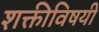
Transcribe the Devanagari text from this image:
शक्तीविषयी